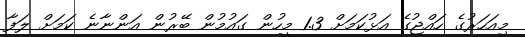
މިއަހަރުގެ ހައްޖުގެ އަޅުކަމަށް 1.3 މީހުން ގައުމުން ބޭރުން އަންނާނެ ކަމަށް ލަފާ